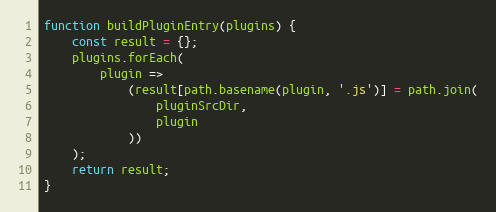
Language: JavaScript
function buildPluginEntry(plugins) {
    const result = {};
    plugins.forEach(
        plugin =>
            (result[path.basename(plugin, '.js')] = path.join(
                pluginSrcDir,
                plugin
            ))
    );
    return result;
}